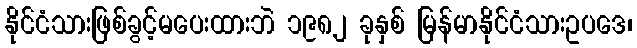
နိုင်ငံသားဖြစ်ခွင့်မပေးထားဘဲ ၁၉၈၂ ခုနှစ် မြန်မာနိုင်ငံသားဥပဒေ၊